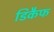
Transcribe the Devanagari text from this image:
डिकैफ